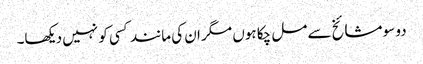
دو سو مشائخ سے مل چکا ہوں مگر ان کی مانند کسی کو نہیں دیکھا۔